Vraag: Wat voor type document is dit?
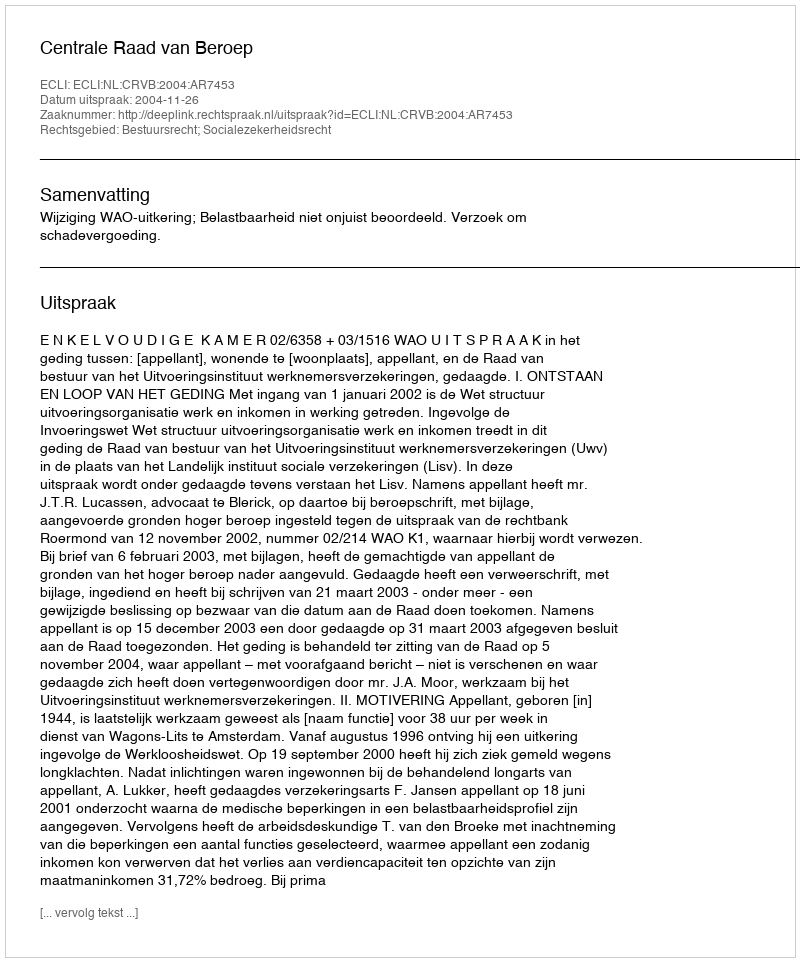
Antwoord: Uitspraak